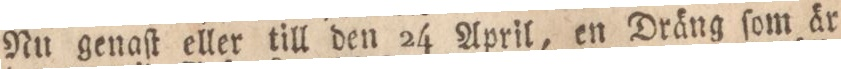
Nu genaſt eller till den 24 April, en Dräng ſom är